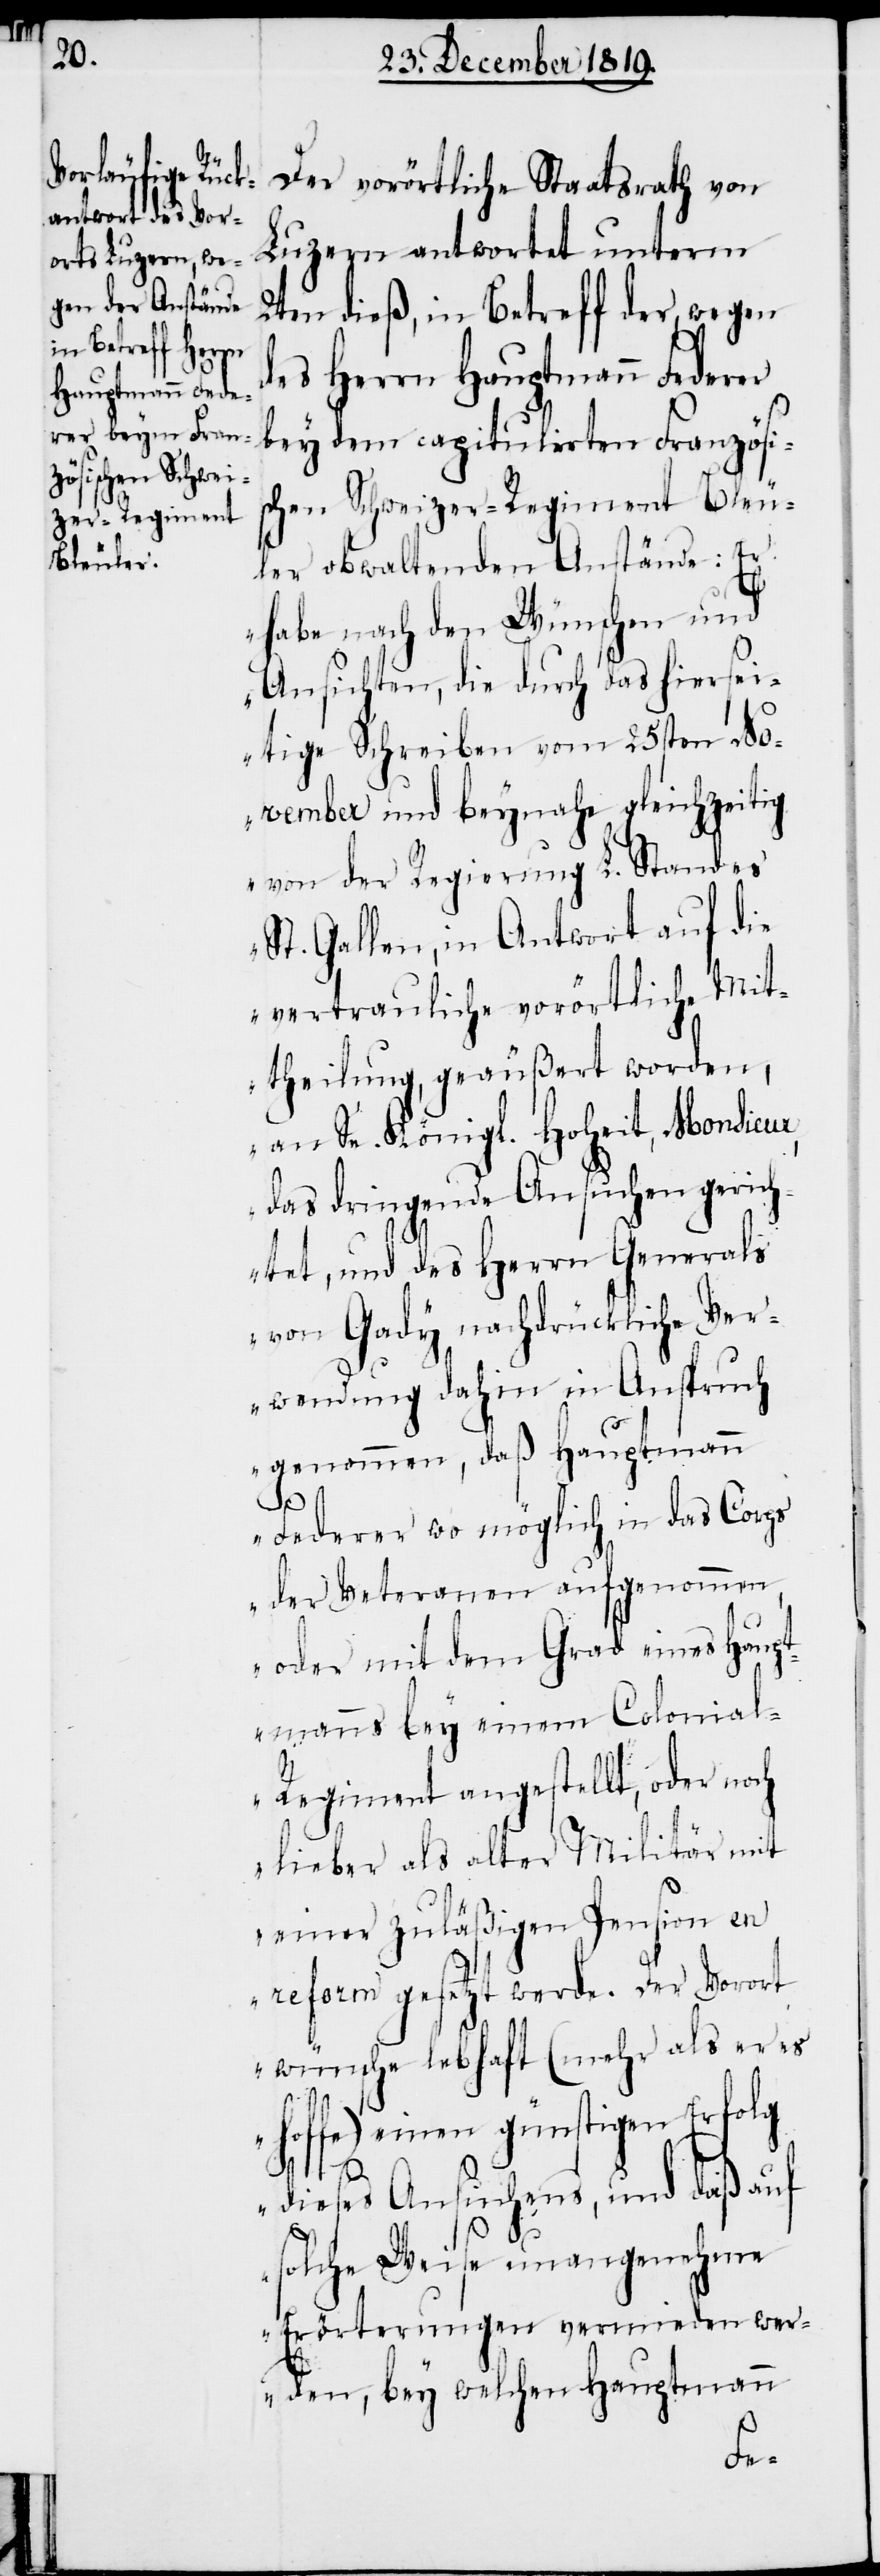
Der vorörtliche Staatsrath von
Luzern antwortet unterm
2ten dieß, in Betreff der, wegen
des Herrn Hauptmann Federer
bey dem capitulirten Französi¬
schen Schweizer-Regiment Bleu¬
ler obwaltenden Anstände: „Er
habe nach den Wünschen und
Ansichten, die durch das hiersei¬
tige Schreiben vom 25sten No¬
vember und beynahe gleichzeitig
von der Regierung L. Standes
St. Gallen, in Antwort auf die
vertrauliche vorörtliche Mit¬
theilung, geäußert worden,
an Se. Königl. Hoheit, Monsieur,
das dringende Ansuchen gerich¬
tet, und des Herrn Generals
von Gady nachdrückliche Ver¬
wendung dahin in Anspruch
genommen, daß Hauptmann
Federer wo möglich in das Corps
der Veteranen aufgenommen,
oder mit dem Grad eines Haupt¬
manns bey einem Colonia¬
l-Regiment angestellt, oder noch
lieber als alter Militär mit
einer zuläßigen Pension en
reform gesetzt werde. Der Vorort
wünsche lebhaft (mehr als er es
hoffe) einen günstigen Erfolg
dieses Ansuchens, und daß auf
solche Weise unangenehme
Erörterungen vermieden wer¬
den, bey welchen Hauptmann